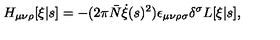
H _ { \mu \nu \rho } [ \xi | s ] = - ( 2 \pi \bar { N } \dot { \xi } ( s ) ^ { 2 } ) \epsilon _ { \mu \nu \rho \sigma } \delta ^ { \sigma } L [ \xi | s ] ,